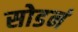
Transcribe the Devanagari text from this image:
सोडनं